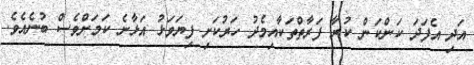
އަދި އެފަދަ ކަންކަން ކުރާ ފަރާތްތަކާއިމެދު ހަރުކަށި ފިޔަވަޅު އަޅާނެ ކަމަށްވެސް ބުނެއެވެ.